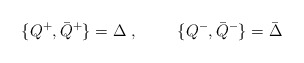
\begin{align*}\{ Q^+ , {\bar Q}^+ \} = \Delta \; , \hspace{1cm}\{ Q^- , {\bar Q}^- \} = {\bar \Delta}\end{align*}